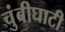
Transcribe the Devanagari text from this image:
चुंबीघाटी